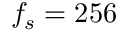
f _ { s } = 2 5 6